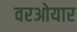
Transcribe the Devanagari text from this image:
वरओयार